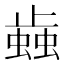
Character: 𰳐